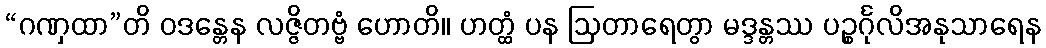
“ဂဏှထာ”တိ ဝဒန္တေန လဇ္ဇိတဗ္ဗံ ဟောတိ။ ဟတ္ထံ ပန ဩတာရေတွာ မဒ္ဒန္တဿ ပဉ္စင်္ဂုလိအနုသာရေန